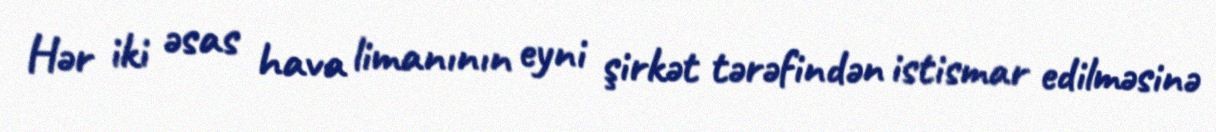
Hər iki əsas hava limanının eyni şirkət tərəfindən istismar edilməsinə